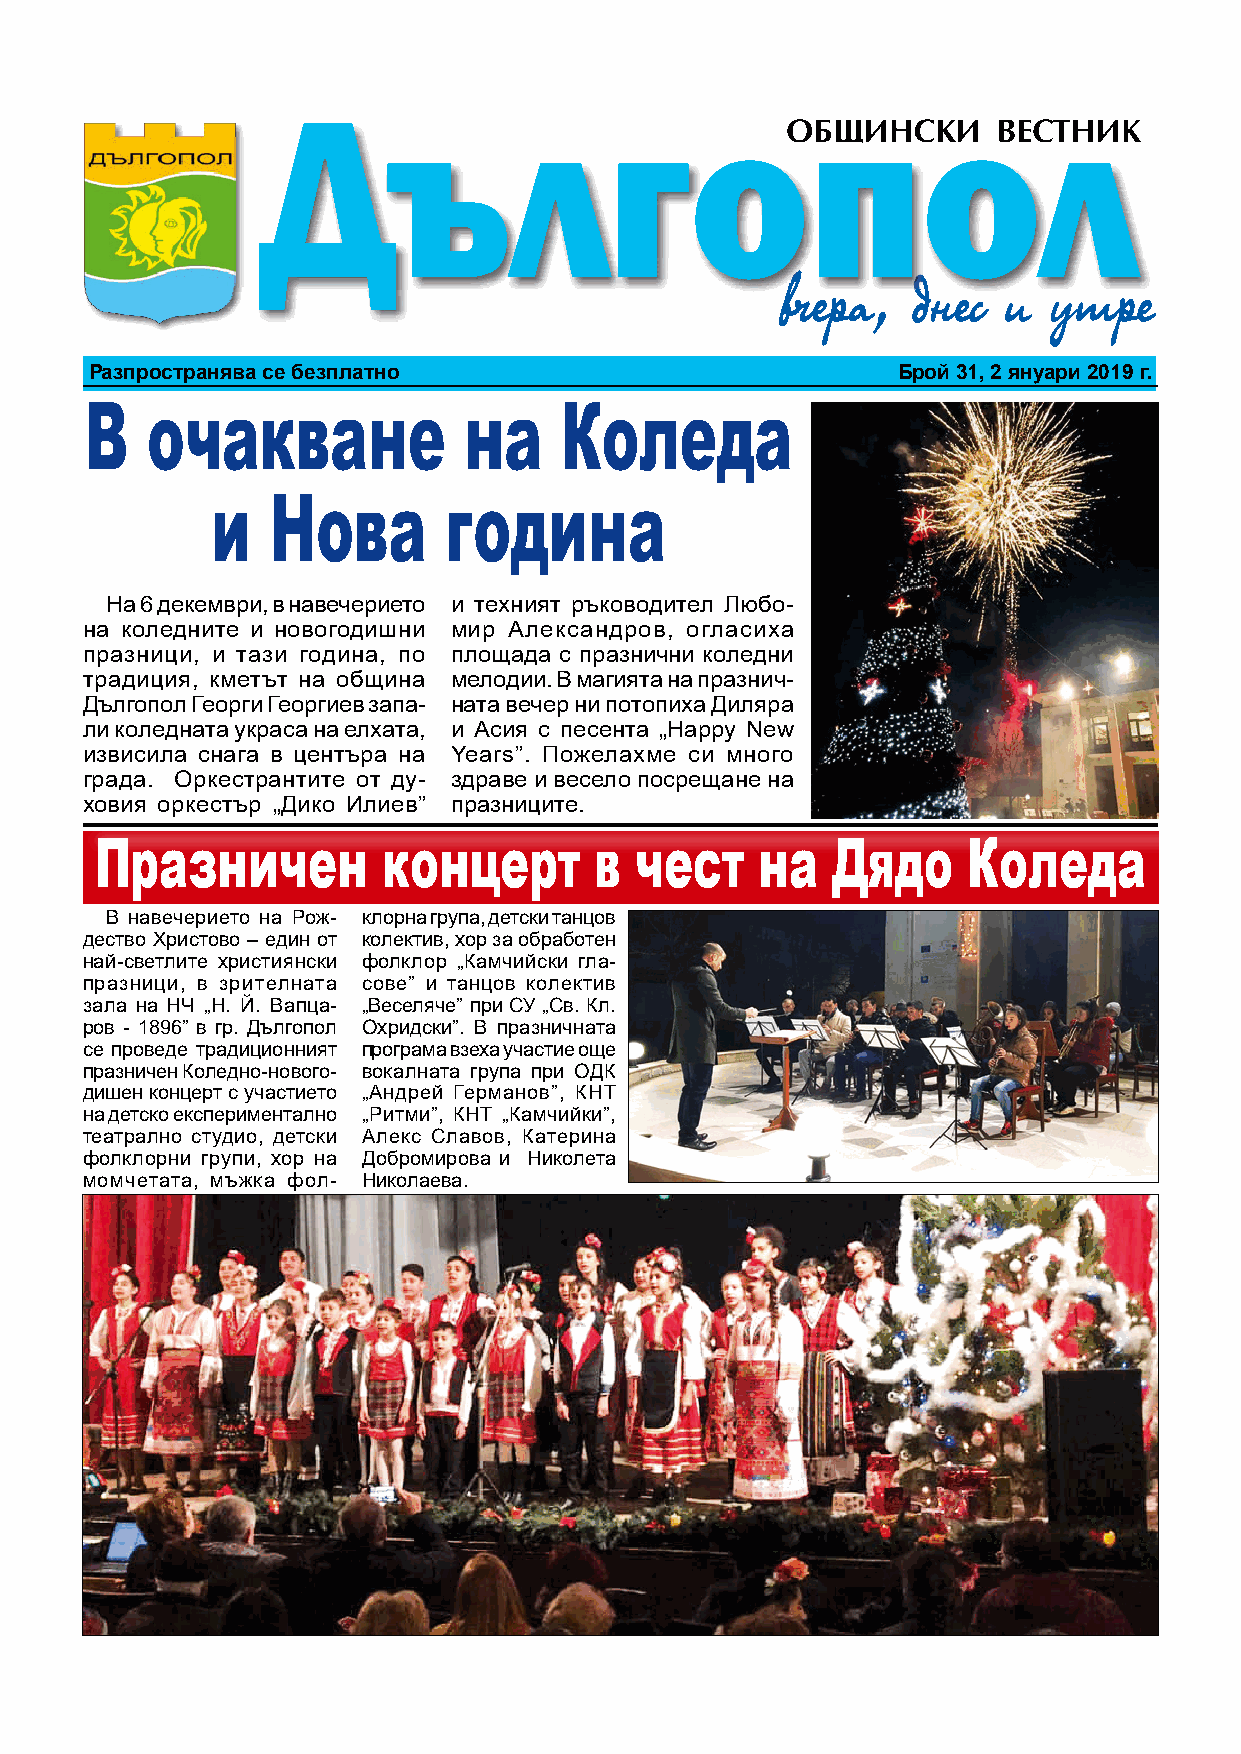
Разпространява се безплатно                          Брой 31, 2 януари 2019 г.
 В   очакване             на    Коледа
 и   Нова       година
 На 6 декември, в навечерието и техният ръководител Любо-
 на коледните и новогодишни мир Александров, огласиха
 празници, и тази година, по площада с празнични коледни
 традиция, кметът на община мелодии. В магията на празнич-
 Дългопол Георги Георгиев запа- ната вечер ни потопиха Диляра
 ли коледната украса на елхата, и Асия с песента „Happy New
 извисила снага в центъра на Years”. Пожелахме си много
 града. Оркестрантите от ду- здраве и весело посрещане на
 ховия оркестър „Дико Илиев” празниците.
 Празничен          концерт       в  чест    на   Дядо     Коледа
 В навечерието на Рож- клорна група, детски танцов
 дество Христово – един от колектив, хор за обработен
 най-светлите християнски фолклор „Камчийски гла-
 празници, в зрителната сове” и танцов колектив
 зала на НЧ „Н. Й. Вапца- „Веселяче” при СУ „Св. Кл.
 ров - 1896” в гр. Дългопол Охридски”. В празничната
 се проведе традиционният програма взеха участие още
 празничен Коледно-нового- вокалната група при ОДК
 дишен концерт с участието „Андрей Германов”, КНТ
 на детско експериментално „Ритми”, КНТ „Камчийки”,
 театрално студио, детски Алекс Славов, Катерина
 фолклорни групи, хор на Добромирова и Николета
 момчетата, мъжка фол- Николаева.